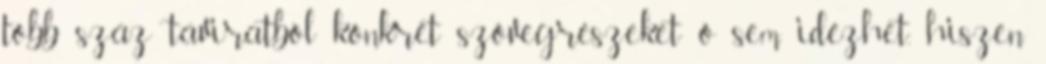
több száz táviratból konkrét szövegrészeket ő sem idézhet, hiszen